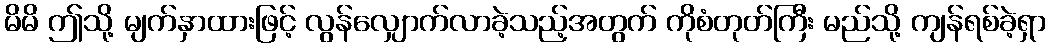
မိမိ ဤသို့ မျက်နှာထားဖြင့် လွန်လျှောက်လာခဲ့သည့်အတွက် ကိုစံတုတ်ကြီး မည်သို့ ကျန်ရစ်ခဲ့ရှာ